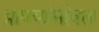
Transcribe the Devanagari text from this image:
प्राण्यांसोबत